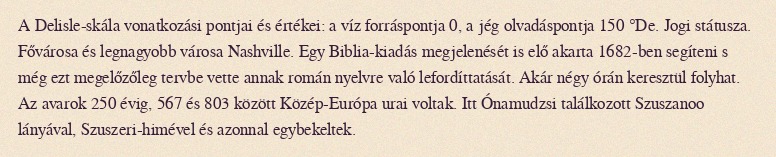
A Delisle-skála vonatkozási pontjai és értékei: a víz forráspontja 0, a jég olvadáspontja 150 °De. Jogi státusza. Fővárosa és legnagyobb városa Nashville. Egy Biblia-kiadás megjelenését is elő akarta 1682-ben segíteni s még ezt megelőzőleg tervbe vette annak román nyelvre való lefordíttatását. Akár négy órán keresztül folyhat. Az avarok 250 évig, 567 és 803 között Közép-Európa urai voltak. Itt Ónamudzsi találkozott Szuszanoo lányával, Szuszeri-himével és azonnal egybekeltek.